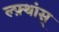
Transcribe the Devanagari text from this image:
ल्फ़्थांस्